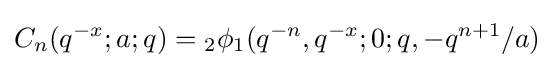
\displaystyle C_{n}(q^{-x};a;q)={}_{2}\phi _{1}(q^{-n},q^{-x};0;q,-q^{n+1}/a)